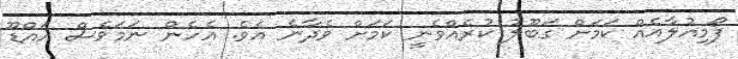
ފޯމިއުލާއެއް ކަމަށް ގަބޫލު ކުރެއްވެނީ ކަމަށް ވެދާނެ އެވެ. އެހެން ނަމަވެސް އައްޑޫ